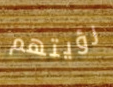
رؤيتهم